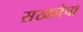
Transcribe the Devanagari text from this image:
सखलेचा